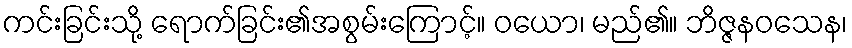
ကင်းခြင်းသို့ ရောက်ခြင်း၏အစွမ်းကြောင့်။ ဝယော၊ မည်၏။ ဘိဇ္ဇနဝသေန၊